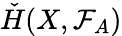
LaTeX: {\check{H}}(X,{\mathcal{F}}_{A})